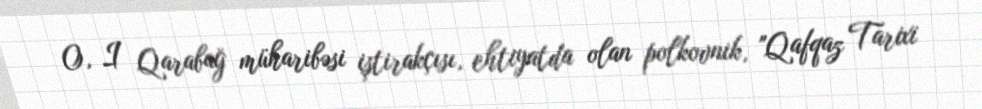
O, I Qarabağ müharibəsi iştirakçısı, ehtiyatda olan polkovnik, "Qafqaz Tarixi